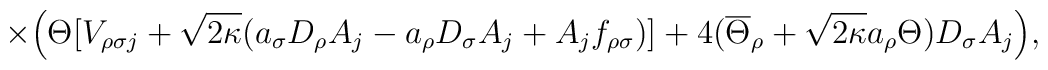
\times\Big(\Theta [V_{\rho\sigma j}+\sqrt{2\kappa}(a_\sigma D_\rho A_j-a_\rho D_\sigma A_j+A_j f_{\rho\sigma})]+4(\overline{\Theta}_\rho +\sqrt{2\kappa}a_\rho\Theta) D_\sigma A_j\Big),